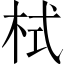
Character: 栻